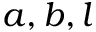
a , b , l